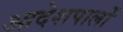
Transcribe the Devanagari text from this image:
आदेशपालों